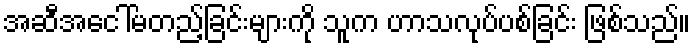
အဆီအငေါ်မတည့်ခြင်းများကို သူက ဟာသလုပ်ပစ်ခြင်း ဖြစ်သည်။